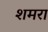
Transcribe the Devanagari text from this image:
शमरा